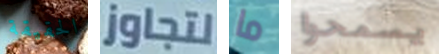
الحقيقة لتجاوز ما يسمحوا